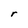
Character: r